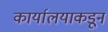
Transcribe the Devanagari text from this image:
कार्यालयाकडून